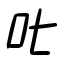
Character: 叱